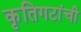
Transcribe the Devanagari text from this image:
कृतिगटांची